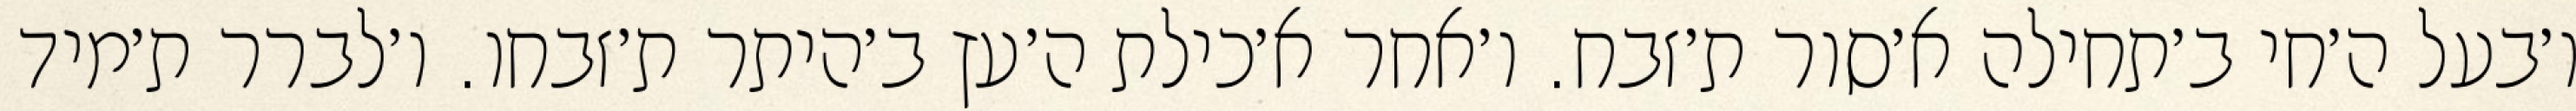
ו׳בעל ה׳חי ב׳תחילה א׳סור ת׳זבח. ו׳אחר א׳כילת ה׳עץ ב׳היתר ת׳זבחו. ו׳לברר ת׳מיד